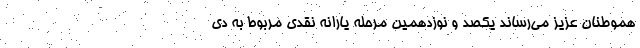
هموطنان عزیز می‌رساند یکصد و نوزدهمین مرحله یارانه نقدی مربوط به دی